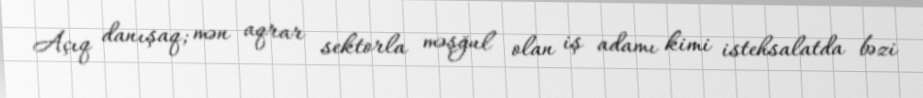
Açıq danışaq; mən aqrar sektorla məşğul olan iş adamı kimi istehsalatda bəzi